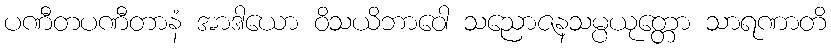
ပဏီတပဏီတာနံ အာဒါယော ဝိသယိဘာဝေါ သညောဇနသမ္ပယုတ္တော သာရဏာတိ